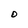
Character: 0